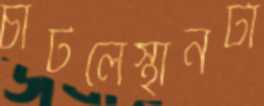
চাটলেস্থানটা